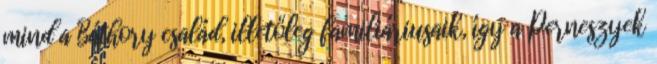
mind a Báthory család, illetőleg familiáriusaik, így a Perneszyek